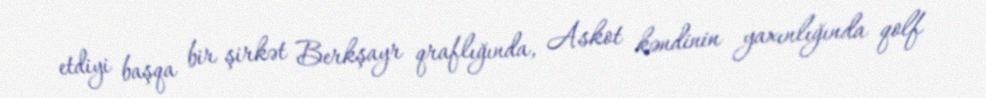
etdiyi başqa bir şirkət Berkşayr qraflığında, Askot kəndinin yaxınlığında qolf